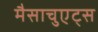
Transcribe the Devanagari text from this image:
मैसाचुएट्स